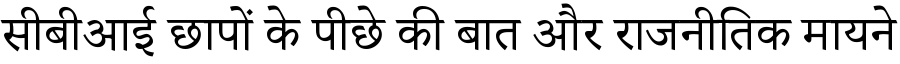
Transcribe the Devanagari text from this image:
सीबीआई छापों के पीछे की बात और राजनीतिक मायने